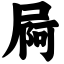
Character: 屙